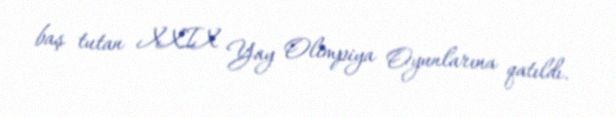
baş tutan XXIX Yay Olimpiya Oyunlarına qatıldı.